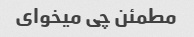
مطمئن چی میخوای